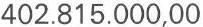
402.815.000,00